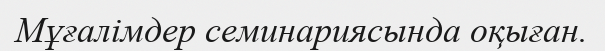
Мұғалімдер семинариясында оқыған.